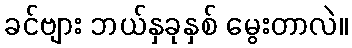
ခင်ဗျား ဘယ်နှခုနှစ် မွေးတာလဲ။